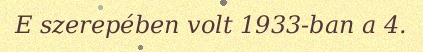
E szerepében volt 1933-ban a 4.